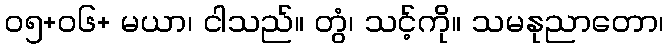
၀၅+၀၆+ မယာ၊ ငါသည်။ တွံ၊ သင့်ကို။ သမနုညာတော၊